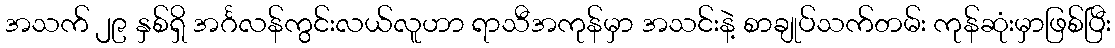
အသက် ၂၉ နှစ်ရှိ အင်္ဂလန်ကွင်းလယ်လူဟာ ရာသီအကုန်မှာ အသင်းနဲ့ စာချုပ်သက်တမ်း ကုန်ဆုံးမှာဖြစ်ပြီး